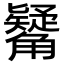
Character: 觺